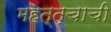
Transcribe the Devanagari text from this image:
महत्त्चाची